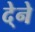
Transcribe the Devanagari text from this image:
दे्ने